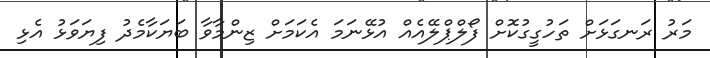
މަރު ރަނގަޅަށް ތަހުގީގުކޮށް ފޯލްޕްލޭއެއް އުޅޭނަމަ އެކަމަށް ޒިންމާވާ ބަޔަކާމެދު ފިޔަވަޅު އެޅި